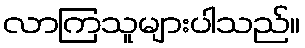
လာကြသူများပါသည်။